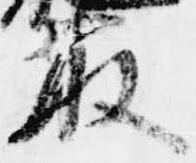
取